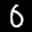
Label: 0